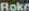
Rokn